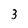
Character: 3